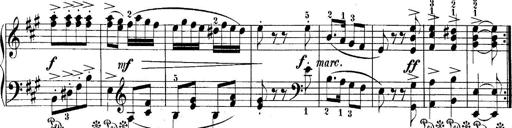
Title: 10 Sonatines progressives
Composer: Anton Schmoll